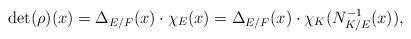
LaTeX: \begin{align*} \det(\rho)(x)=\Delta_{E/F}(x)\cdot\chi_E(x)=\Delta_{E/F}(x)\cdot\chi_K(N_{K/E}^{-1}(x)),\end{align*}